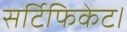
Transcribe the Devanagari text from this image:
सर्टिफिकेट।